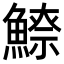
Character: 𩺚